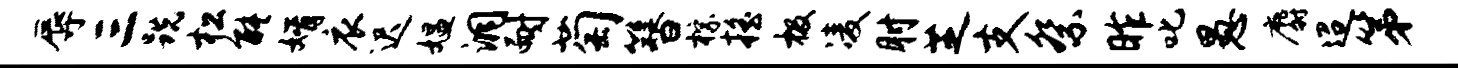
辱三跣松能婿衣迟媪洞耐萄簪棕摇极凌肘芝支祭昨叱愚麝迢第